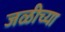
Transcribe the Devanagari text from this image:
जळीच्या